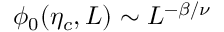
\phi _ { 0 } ( \eta _ { c } , L ) \sim L ^ { - \beta / \nu }